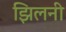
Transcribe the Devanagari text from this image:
झिलनी